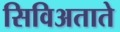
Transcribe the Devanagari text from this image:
सिविअताते